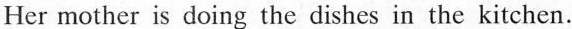
Her mother is doing the dishes in the kitchen.